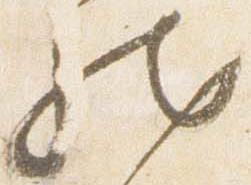
然